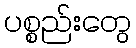
ပစ္စည်းတွေ